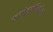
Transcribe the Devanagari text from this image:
खगोलभौतिकीच्या